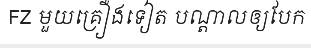
FZ មួយគ្រឿងទៀត បណ្តាលឲ្យបែក